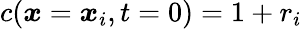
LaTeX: c(\boldsymbol{x}=\boldsymbol{x}_{i},t=0)=1+r_{i}